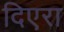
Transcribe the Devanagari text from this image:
दिएरा